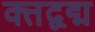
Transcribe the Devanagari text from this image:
क्तद्वद्म